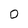
Character: 0